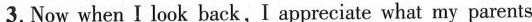
3. Now whenI look back,Iappreciate what my parents